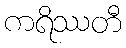
ကရိဿတီ